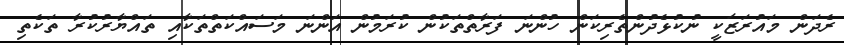
ރެދަން މައުރަޒަކީ ނުކުޅެދުންތެރިކަން ހުންނަ ފަރާތްތަކުން ކުރަމުން އަންނަ މަސައްކަތްތަކާއި ތައްޔާރުކުރާ ތަކެތި